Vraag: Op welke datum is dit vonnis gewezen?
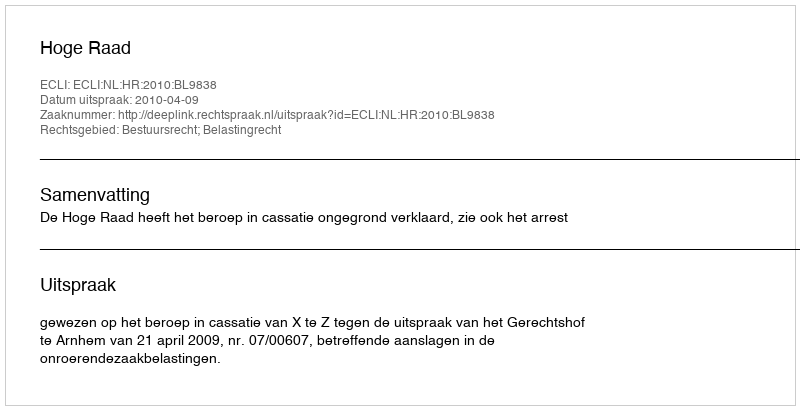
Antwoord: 2010-04-09